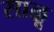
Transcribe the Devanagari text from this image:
साळू